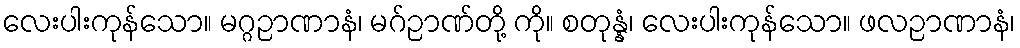
လေးပါးကုန်သော။ မဂ္ဂဉာဏာနံ၊ မဂ်ဉာဏ်တို့ ကို။ စတုန္နံ၊ လေးပါးကုန်သော။ ဖလဉာဏာနံ၊